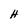
Character: H